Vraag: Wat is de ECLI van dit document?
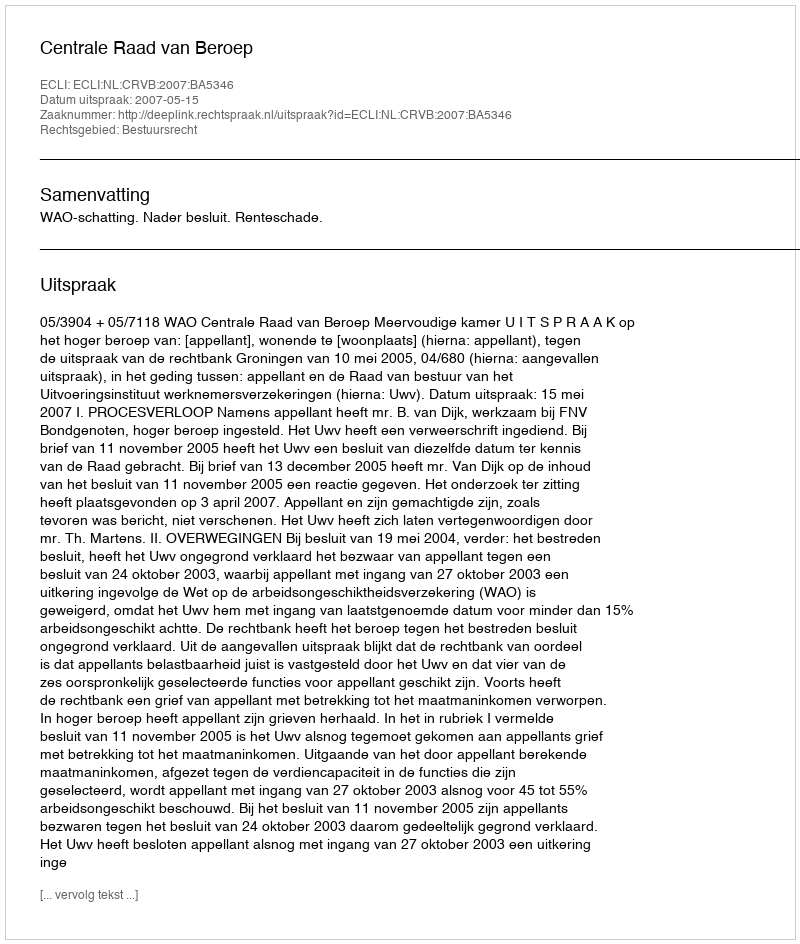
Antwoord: ECLI:NL:CRVB:2007:BA5346